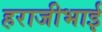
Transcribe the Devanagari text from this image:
हराजीभाई